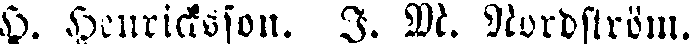
H. Henrichsson. I. M. Nordström.